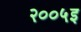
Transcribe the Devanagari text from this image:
२००५इ